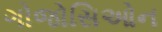
ગોજોસિઓન